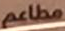
مطاعم